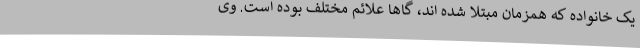
یک خانواده که همزمان مبتلا شده اند، گاها علائم مختلف بوده است. وی